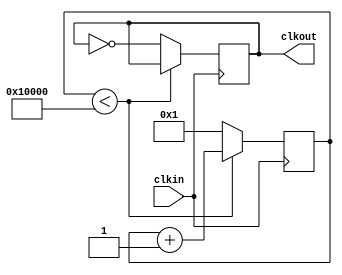
`timescale 1ns / 1ps
//////////////////////////////////////////////////////////////////////////////////
// Company: 
// Engineer: 
// 
// Design Name: 
// Module Name: div
// Project Name: 
// Target Devices: 
// Tool Versions: 
// Description: 
// 
// Dependencies: 
// 
// Revision:
// Revision 0.01 - File Created
// Additional Comments:
// 
//////////////////////////////////////////////////////////////////////////////////


module div(
    output reg clkout,
    input clkin
    );
    reg [31:0] target = 1 << 16, i = 1;
    always @(posedge clkin)
        if (i < target) i = i + 1;
        else begin
            i = 1;
            clkout = ~clkout;
        end
endmodule